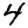
Digit: 4